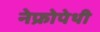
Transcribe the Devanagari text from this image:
नेफ्रोपेथी